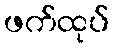
ဖက်ထုပ်